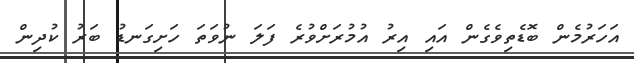
އަހަރުމެން ބޮޑެތިވެގެން އައި އިރު އުމުރަށްވުރެ ފަލަ ނުވަތަ ހަށިގަނޑު ބަރު ކުދިން